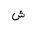
Letter: _shin